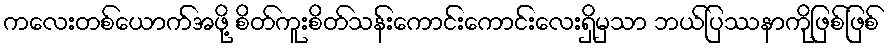
ကလေးတစ်ယောက်အဖို့ စိတ်ကူးစိတ်သန်းကောင်းကောင်းလေးရှိမှသာ ဘယ်ပြဿနာကိုဖြစ်ဖြစ်